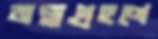
জন্মগ্রহণে